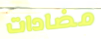
مضادات